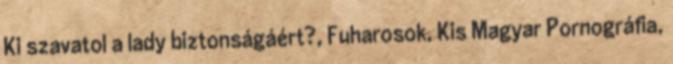
Ki szavatol a lady biztonságáért?, Fuharosok, Kis Magyar Pornográfia,